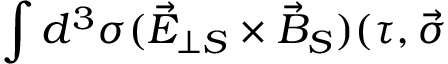
\int d ^ { 3 } \sigma ( \vec { E } _ { \perp S } \times \vec { B } _ { S } ) ( \tau , \vec { \sigma }